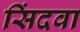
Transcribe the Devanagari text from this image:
सिंदवा